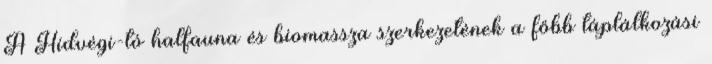
A Hídvégi-tó halfauna és biomassza szerkezetének a főbb táplálkozási